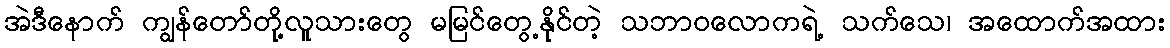
အဲဒီနောက် ကျွန်တော်တို့လူသားတွေ မမြင်တွေ့နိုင်တဲ့ သဘာဝလောကရဲ့ သက်သေ၊ အထောက်အထား